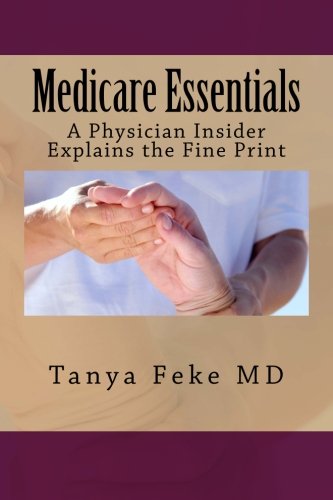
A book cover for Medicare Essentials: A Physician Insider Explains the Fine Print; Tanya Feke MD; Medical Books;